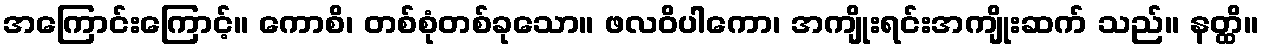
အကြောင်းကြောင့်။ ကောစိ၊ တစ်စုံတစ်ခုသော။ ဖလဝိပါကော၊ အကျိုးရင်းအကျိုးဆက် သည်။ နတ္ထိ။